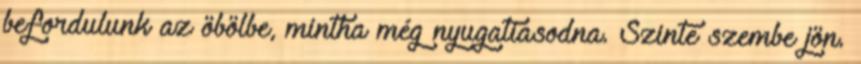
befordulunk az öbölbe, mintha még nyugatiasodna. Szinte szembe jön.